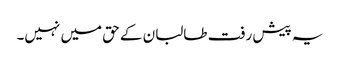
یہ پیش رفت طالبان کے حق میں نہیں۔